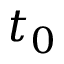
t _ { 0 }